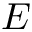
E